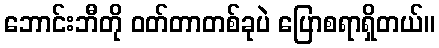
ဘောင်းဘီတို ဝတ်တာတစ်ခုပဲ ပြောစရာရှိတယ်။